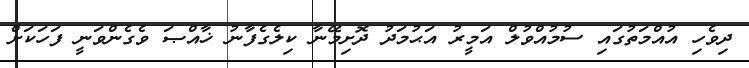
ދިވެހި އުއްމަތުގައި ސުމުއްވުލް އަމީރު އަޙުމަދު ދޮށިމޭނާ ކިލެގެފާނު ޚާއްޞަ ވެގެންވަނީ ފަހަކަށް